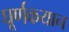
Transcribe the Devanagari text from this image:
घूर्णकयान